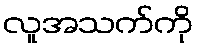
လူအသက်ကို